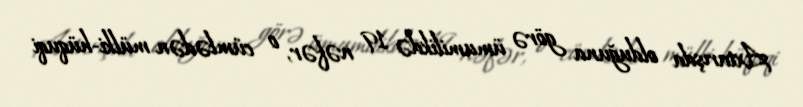
Axtarışda olduğuna görə ümumilikdə 19 nəfər, o cümlədən mülki-hüquqi